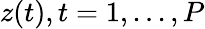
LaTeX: z(t),t=1,...,P